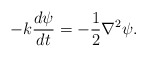
\begin{align*}-k\frac{d\psi}{dt} = -\frac{1}{2} \nabla^2 \psi.\end{align*}